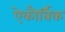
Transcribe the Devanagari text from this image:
ऐकौर्बिक